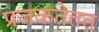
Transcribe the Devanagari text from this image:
प्रजकतेतत